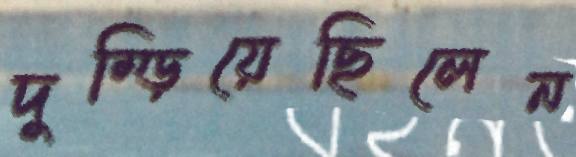
দুম্‌ড়িয়েছিলেন